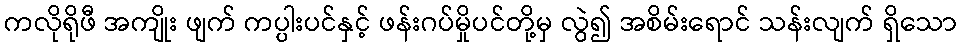
ကလိုရိုဖီ အကျိုး ဖျက် ကပ္ပါးပင်နှင့် ဖန်းဂပ်မှိုပင်တို့မှ လွဲ၍ အစိမ်းရောင် သန်းလျက် ရှိသော